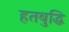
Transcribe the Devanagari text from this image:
हतबुद्धि